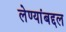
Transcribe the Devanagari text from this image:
लेण्यांबद्दल